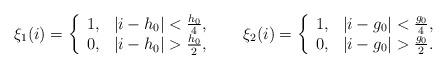
LaTeX: \begin{align*}\begin{array}{lll}\xi_1(i) =\left\{\begin{array}{ll}1, & |i-h_0| < \frac{h_0}{4},\\0, & |i - h_0| > \frac{h_0}{2},\end{array}\right.& & \xi_2(i) =\left\{\begin{array}{ll}1, & |i - g_0| < \frac{g_0}{4},\\0, & |i - g_0| > \frac{g_0}{2}.\end{array}\right.\end{array}\end{align*}